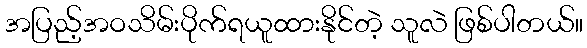
အပြည့်အဝသိမ်းပိုက်ရယူထားနိုင်တဲ့ သူလဲ ဖြစ်ပါတယ်။